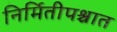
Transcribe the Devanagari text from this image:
निर्मितीपश्चात